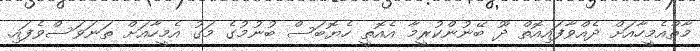
މާތްއެމީހާއަށް ދެއްވާފައިއޮތް ދޫ ބޭނުންކުރީމާ އެއޮތީ ހެޔޮބަސް ބުނުމުގެ މަގު އެމީހާއަށް ތަނަވަސްވެފައި.